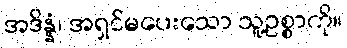
အဒိန္နံ၊ အရှင်မပေးသော သူ့ဥစ္စာကို။